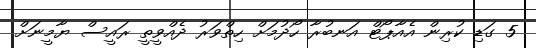
5 ގަޑި ކުރިން އެއާޕޯޓް އަނބުރާ ހޯދުމަށް ހިތްވަރު ދެއްވީތީ ރައީސް ޔާމީނަށް